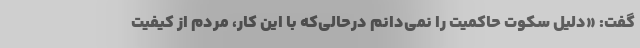
گفت: «دلیل سکوت حاکمیت را نمی‌دانم درحالی‌که با این کار، مردم از کیفیت